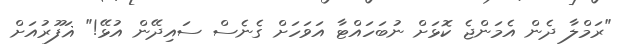
"ރަމްލާ ދެން އެމަންޖެ ކޮޅަށް ނުބަހައްޓާ އަވަހަށް ގެނެސް ސައިދޭން އުޅޭ!" ޣަފޫރުއަށް